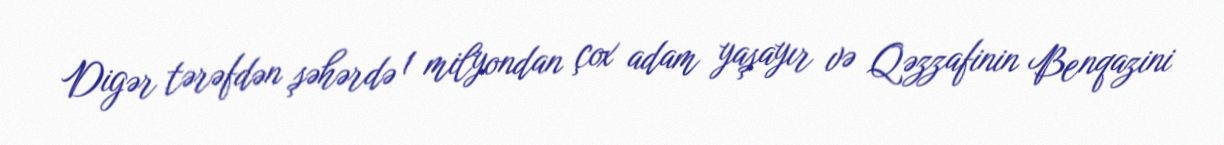
Digər tərəfdən şəhərdə 1 milyondan çox adam yaşayır və Qəzzafinin Benqazini